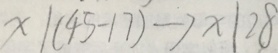
x \vert ( 4 5 - 1 7 ) \rightarrow x \vert 2 8